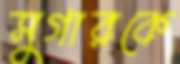
সুগারকে